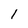
Character: 1